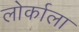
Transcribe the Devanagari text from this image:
लोर्काला